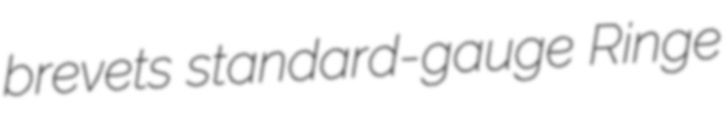
brevets standard-gauge Ringe